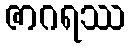
ဇာဂရဿ